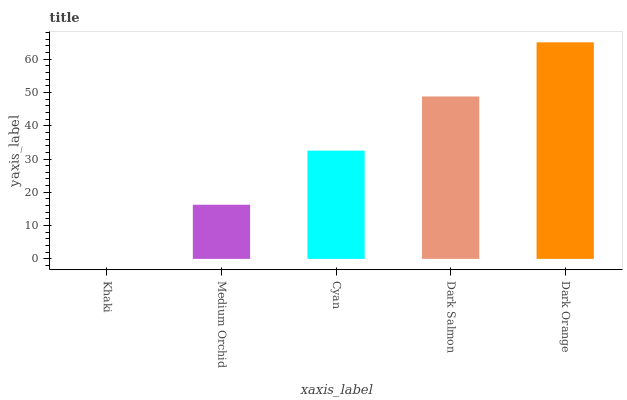
| xaxis_label | bars |
 | --- | --- |
 | Khaki | 0 |
 | Medium Orchid | 16.3 |
 | Cyan | 32.5 |
 | Dark Salmon | 48.8 |
 | Dark Orange | 65.1 |